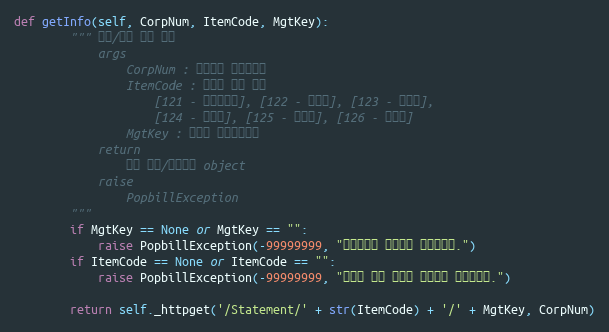
Language: Python
def getInfo(self, CorpNum, ItemCode, MgtKey):
        """ 상태/요약 정보 확인
            args
                CorpNum : 팝빌회원 사업자번호
                ItemCode : 명세서 종류 코드
                    [121 - 거래명세서], [122 - 청구서], [123 - 견적서],
                    [124 - 발주서], [125 - 입금표], [126 - 영수증]
                MgtKey : 파트너 문서관리번호
            return
                문서 상태/요약정보 object
            raise
                PopbillException
        """
        if MgtKey == None or MgtKey == "":
            raise PopbillException(-99999999, "관리번호가 입력되지 않았습니다.")
        if ItemCode == None or ItemCode == "":
            raise PopbillException(-99999999, "명세서 종류 코드가 입력되지 않았습니다.")

        return self._httpget('/Statement/' + str(ItemCode) + '/' + MgtKey, CorpNum)